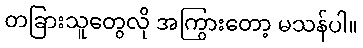
တခြားသူတွေလို အကြွားတော့ မသန်ပါ။